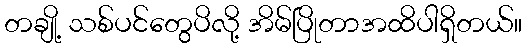
တချို့ သစ်ပင်တွေပိလို့ အိမ်ပြိုတာအထိပါရှိတယ်။